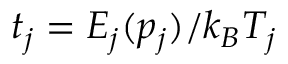
t _ { j } = E _ { j } ( p _ { j } ) / k _ { B } T _ { j }